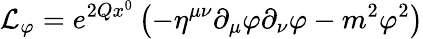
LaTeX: {\cal L}_{\varphi}=e^{2Qx^{0}}\left(-\eta^{\mu\nu}\partial_{\mu}\varphi\partial_{\nu}\varphi-m^{2}\varphi^{2}\right)